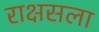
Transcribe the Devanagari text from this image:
राक्षसला